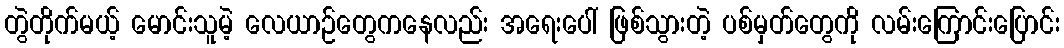
တွဲတိုက်မယ့် မောင်းသူမဲ့ လေယာဉ်တွေကနေလည်း အရေးပေါ် ဖြစ်သွားတဲ့ ပစ်မှတ်တွေကို လမ်းကြောင်းပြောင်း